Indian Civil Veterinary Department memoirs
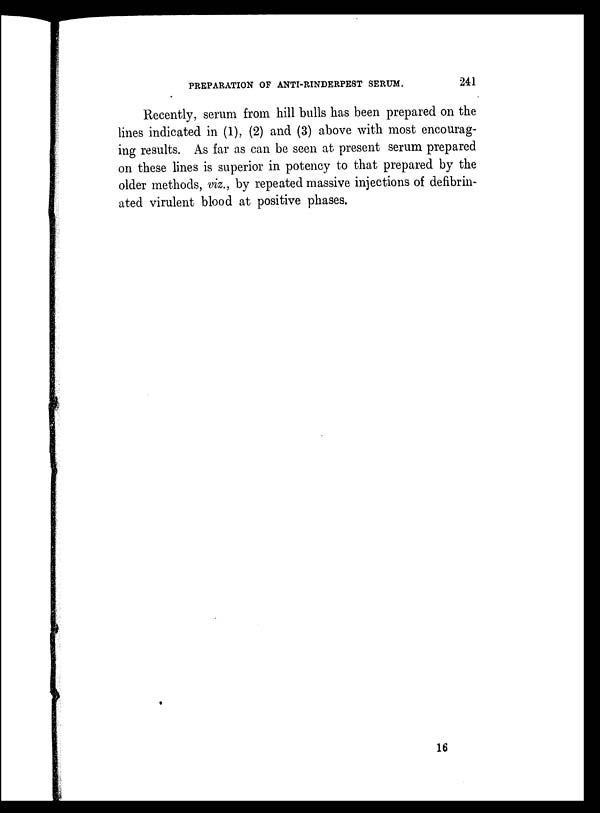
PREPARATION OF ANTI-RINDERPEST SERUM.
241
Recently, serum from hill bulls has been prepared on the
lines indicated in (1), (2) and (3) above with most encourag-
ing results. As far as can be seen at present serum prepared
on these lines is superior in potency to that prepared by the
older methods, viz., by repeated massive injections of defibrin-
ated virulent blood at positive phases.
16